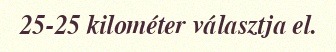
25-25 kilométer választja el.